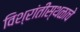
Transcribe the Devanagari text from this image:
विश्रांतीस्थळाचे